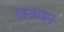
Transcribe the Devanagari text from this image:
डिसाइन